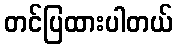
တင်ပြထားပါတယ်